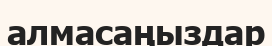
алмасаңыздар